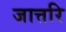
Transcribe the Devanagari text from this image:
जात्तरि